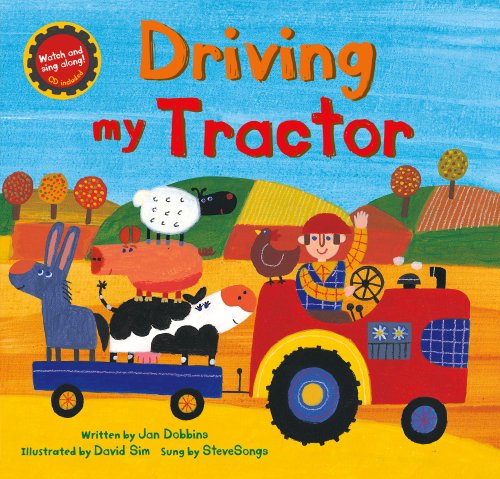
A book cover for Driving My Tractor PB w CDEX (A Barefoot Singalong); Jan Dobbins; Children's Books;